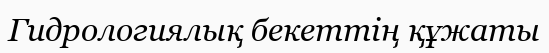
Гидрологиялық бекеттің құжаты